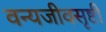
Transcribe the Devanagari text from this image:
वन्यजीवसृष्टी